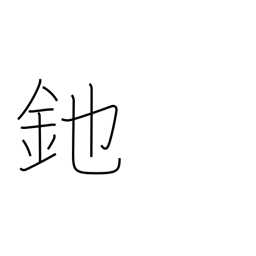
Meaning: halberd